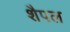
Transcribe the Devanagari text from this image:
शैपल